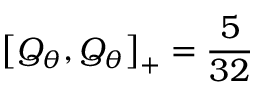
\left[ Q _ { \theta } , Q _ { \theta } \right] _ { + } = \frac { 5 } { 3 2 }